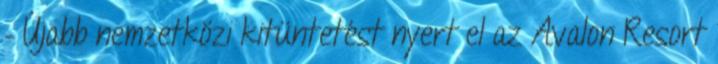
– Újabb nemzetközi kitüntetést nyert el az Avalon Resort